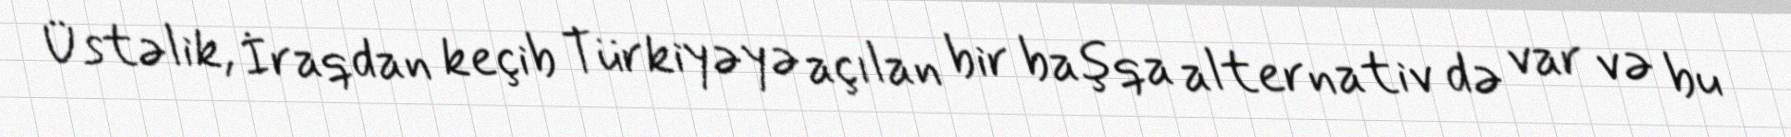
Üstəlik, İraqdan keçib Türkiyəyə açılan bir başqa alternativ də var və bu